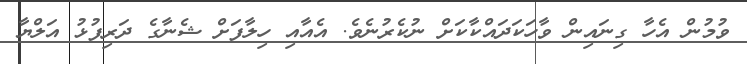
ވުމުން އެހާ ގިނައިން ވާހަކަދައްކާކަށް ނުކެރުނެވެ. އެއާއި ހިލާފަށް ޝެނާގެ ދަރިފުޅު އަލްޔާ